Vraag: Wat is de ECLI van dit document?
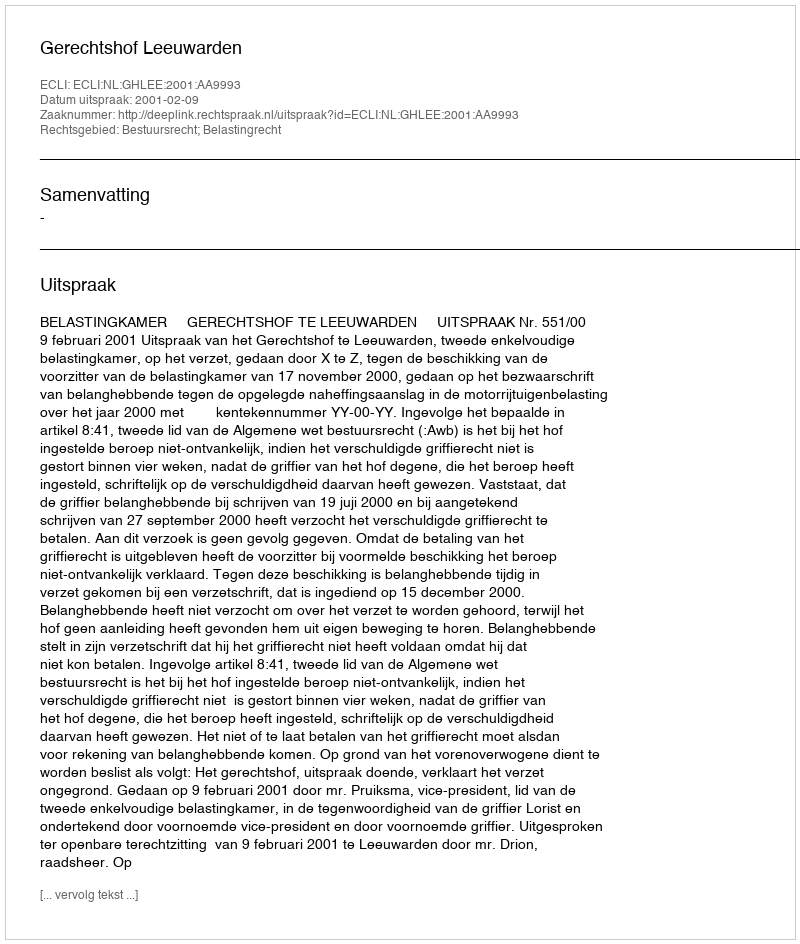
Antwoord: ECLI:NL:GHLEE:2001:AA9993